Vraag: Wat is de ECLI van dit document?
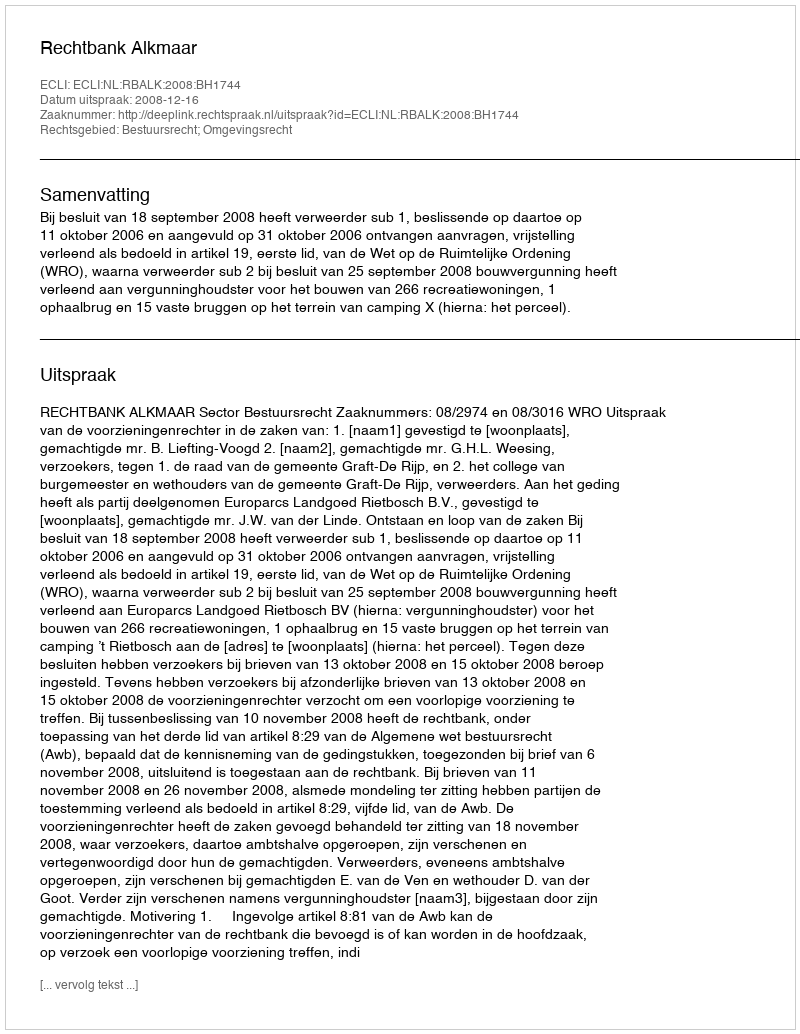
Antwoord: ECLI:NL:RBALK:2008:BH1744